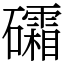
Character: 礵